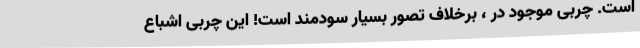
است. چربی موجود در ، برخلاف تصور بسیار سودمند است! این چربی اشباع